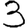
Digit: 3